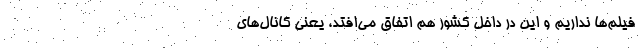
فیلم‌ها نداریم و این در داخل کشور هم اتفاق می‌افتد، یعنی کانال‌های